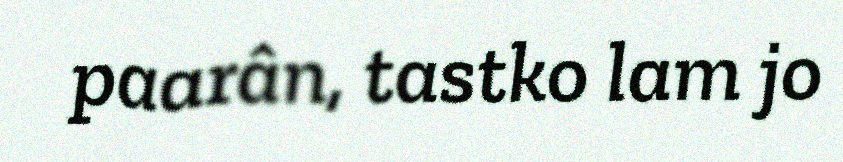
paarân, tastko lam jo